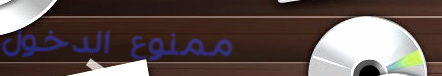
ممنوع الدخول